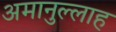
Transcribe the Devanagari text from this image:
अमानुल्लाह